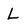
Character: L